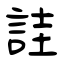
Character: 詿